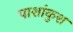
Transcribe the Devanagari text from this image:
पाशांकुश